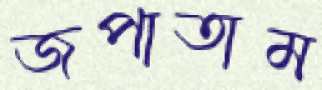
জপাতাম